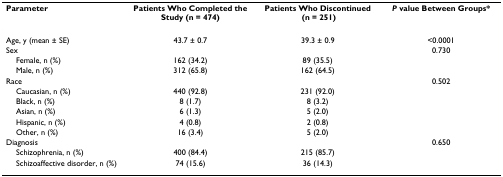
<table><thead><tr><td><b>Parameter</b></td><td><b>Patients Who Completed the Study (n = 474)</b></td><td><b>Patients Who Discontinued (n = 251)</b></td><td><b><i>P </i>value Between Groups*</b></td></tr></thead><tbody><tr><td>Age, y (mean ± SE)</td><td>43.7 ± 0.7</td><td>39.3 ± 0.9</td><td>&lt;0.0001</td></tr><tr><td>Sex</td><td></td><td></td><td>0.730</td></tr><tr><td> Female, n (%)</td><td>162 (34.2)</td><td>89 (35.5)</td><td></td></tr><tr><td> Male, n (%)</td><td>312 (65.8)</td><td>162 (64.5)</td><td></td></tr><tr><td>Race</td><td></td><td></td><td>0.502</td></tr><tr><td> Caucasian, n (%)</td><td>440 (92.8)</td><td>231 (92.0)</td><td></td></tr><tr><td> Black, n (%)</td><td>8 (1.7)</td><td>8 (3.2)</td><td></td></tr><tr><td> Asian, n (%)</td><td>6 (1.3)</td><td>5 (2.0)</td><td></td></tr><tr><td> Hispanic, n (%)</td><td>4 (0.8)</td><td>2 (0.8)</td><td></td></tr><tr><td> Other, n (%)</td><td>16 (3.4)</td><td>5 (2.0)</td><td></td></tr><tr><td>Diagnosis</td><td></td><td></td><td>0.650</td></tr><tr><td> Schizophrenia, n (%)</td><td>400 (84.4)</td><td>215 (85.7)</td><td></td></tr><tr><td> Schizoaffective disorder, n (%)</td><td>74 (15.6)</td><td>36 (14.3)</td><td></td></tr></tbody></table>